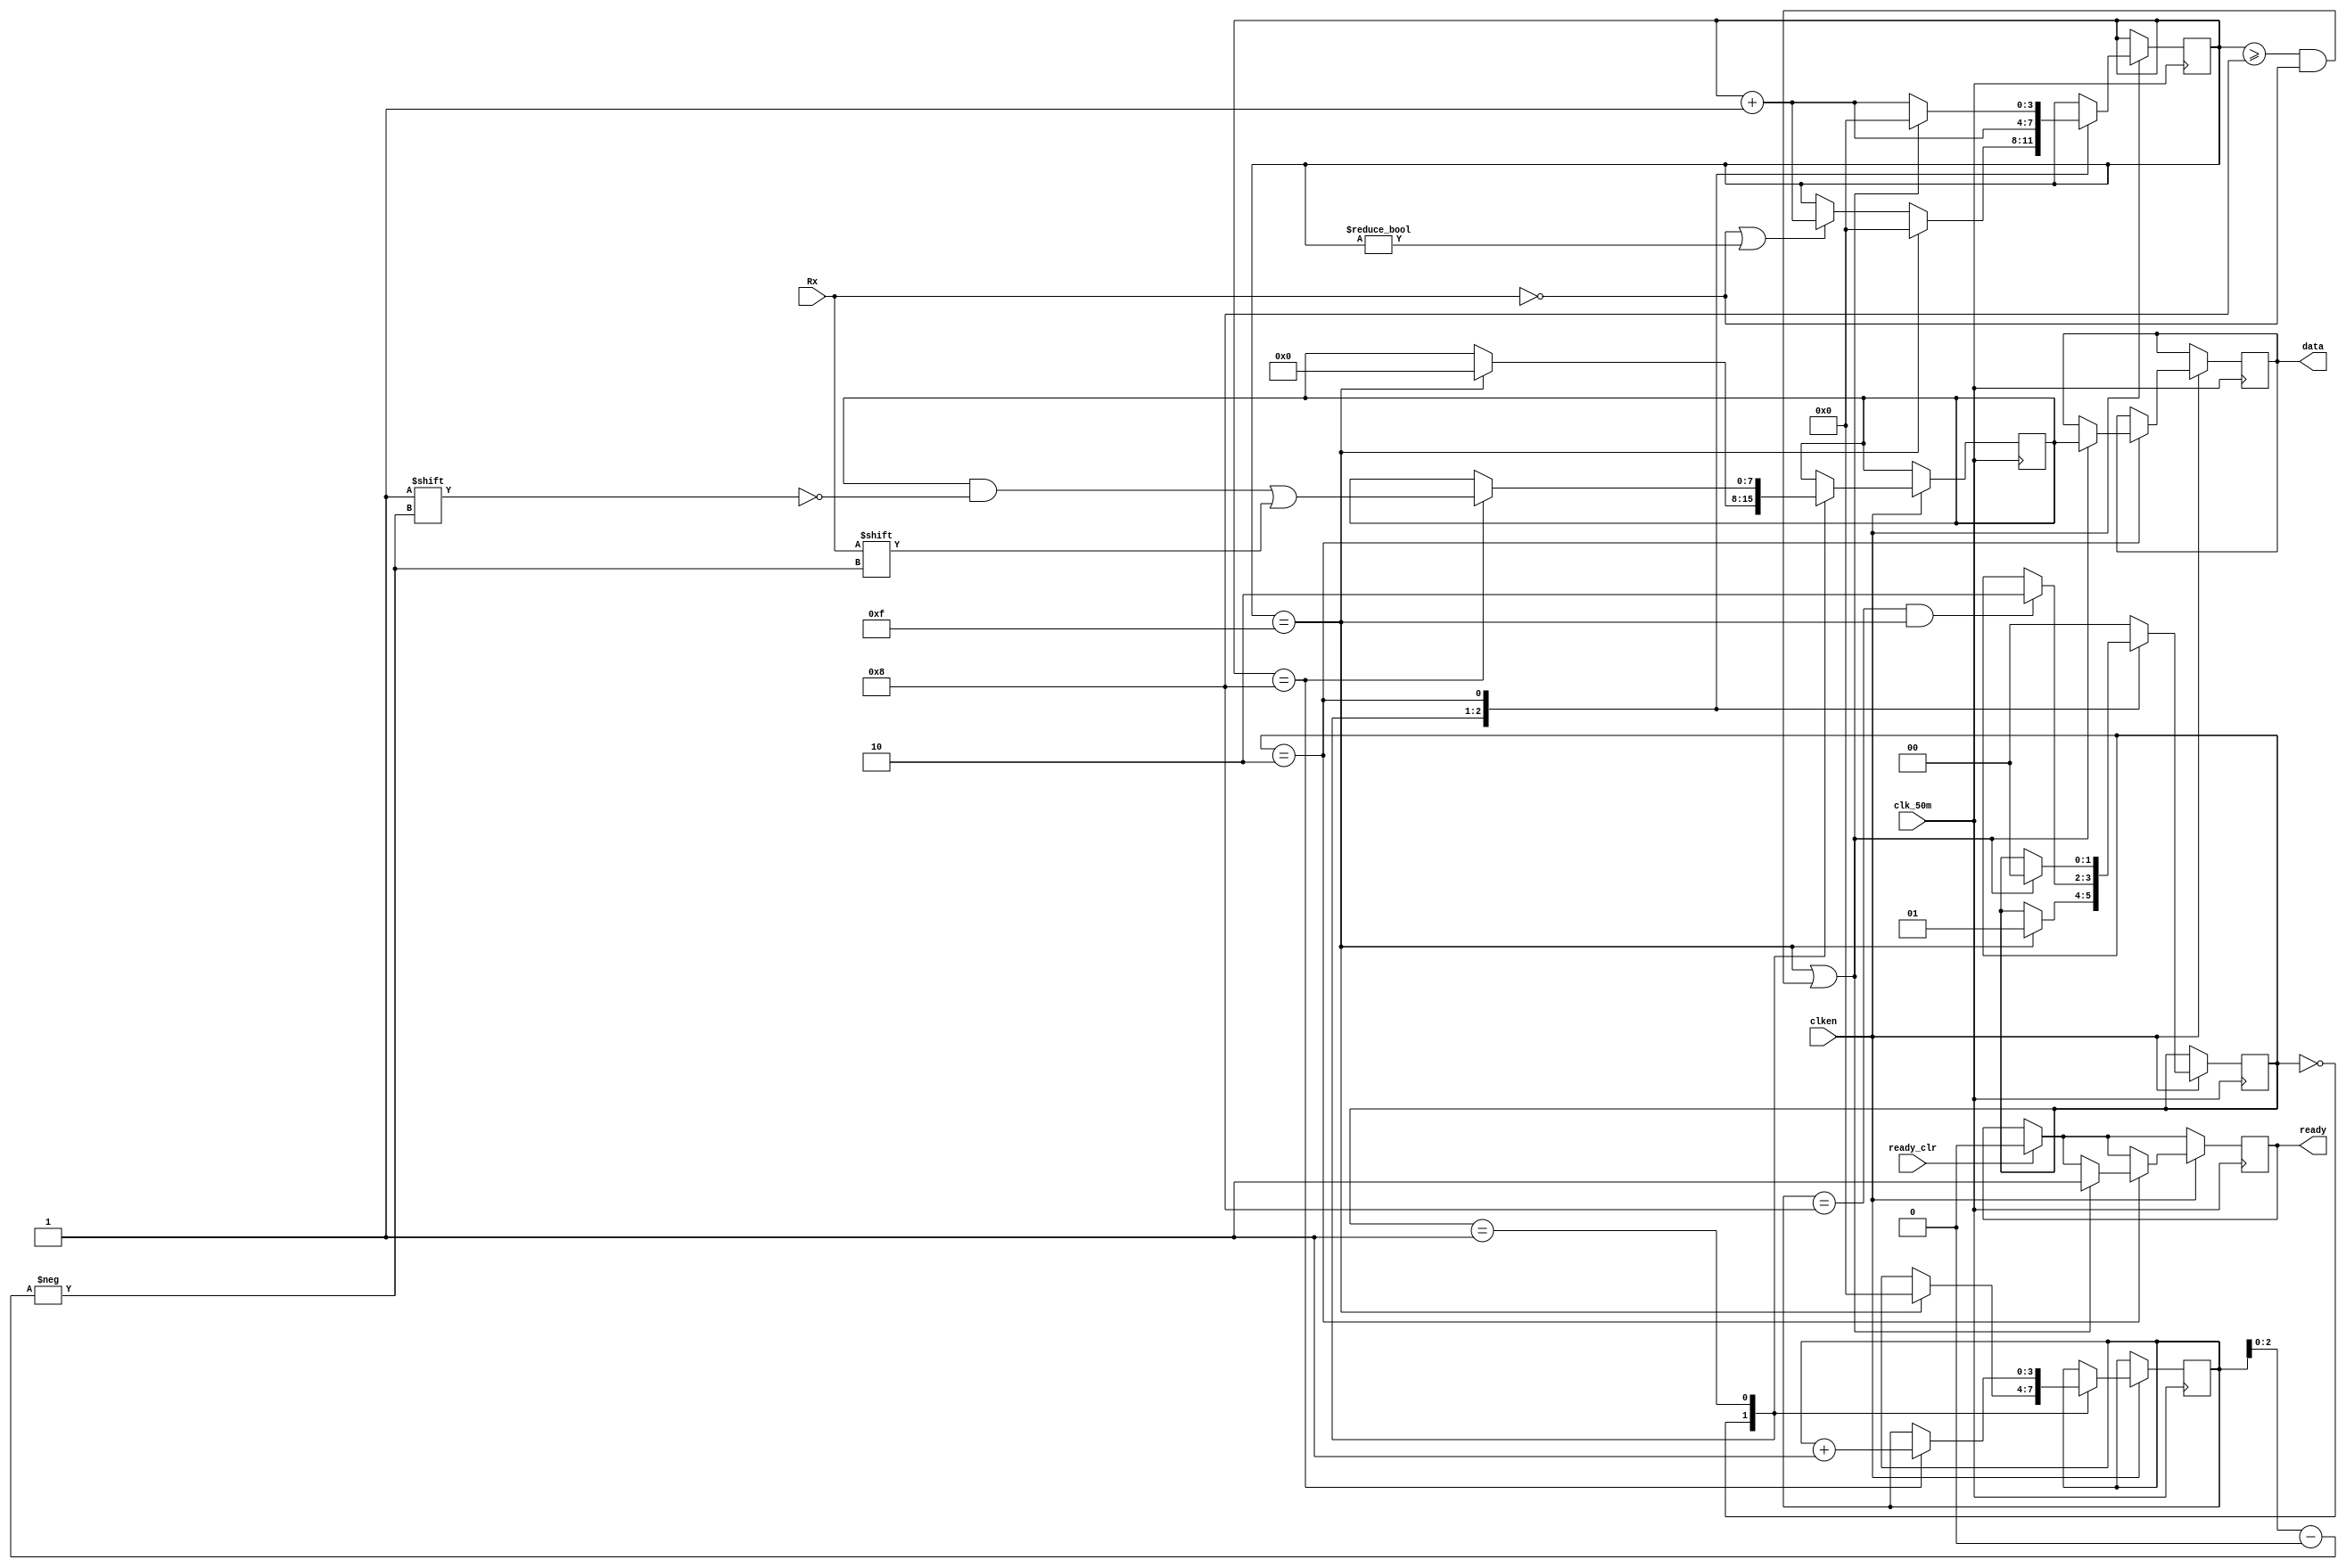
module receiver  (input wire Rx,
						output reg ready,			// default 1 bit reg
						input wire ready_clr,
						input wire clk_50m,		
						input wire clken,
						output reg [7:0] data	// 8 bit register
						);
initial begin
	ready = 1'b0; // initialize ready = 0
	data = 8'b0; // initialize data as 00000000
end
// Define the 4 states using 00,01,10 signals
parameter RX_STATE_START	= 2'b00;
parameter RX_STATE_DATA		= 2'b01;
parameter RX_STATE_STOP		= 2'b10;

reg [1:0] state = RX_STATE_START; // state is a 2-bit register/vector,initially equal to 00
reg [3:0] sample = 0; // This is a 4-bit register  
reg [3:0] bit_pos = 0; // bit position is a 4-bit register/vector, initially equal to 000
reg [7:0] scratch = 8'b0; // An 8-bit register assigned to 00000000

always @(posedge clk_50m) begin
	if (ready_clr)
		ready <= 1'b0; // This resets ready to 0

	if (clken) begin
		case (state) // Let us consider the 3 states of the receiver 
		RX_STATE_START: begin // We define condtions for starting the receiver 
			if (!Rx || sample != 0) // start counting from the first low sample
				sample <= sample + 4'b1; // increment by 0001
			if (sample == 15) begin // once a full bit has been sampled
				state <= RX_STATE_DATA; //	start collecting data bits
				bit_pos <= 0;
				sample <= 0; 
				scratch <= 0;
			end
		end
		RX_STATE_DATA: begin // We define conditions for starting the data colleting
			sample <= sample + 4'b1; // increment by 0001
			if (sample == 4'h8) begin // we keep assigning Rx data until all bits have 01 to 7
				scratch[bit_pos[2:0]] <= Rx;
				bit_pos <= bit_pos + 4'b1; // increment by 0001
			end
			if (bit_pos == 8 && sample == 15) // when a full bit has been sampled and 
				state <= RX_STATE_STOP; // bit position has finally reached 7, assign state to stop
		end
		RX_STATE_STOP: begin
			/*
			 * Our baud clock may not be running at exactly the
			 * same rate as the transmitter.  If we thing that
			 * we're at least half way into the stop bit, allow
			 * transition into handling the next start bit.
			 */
			if (sample == 15 || (sample >= 8 && !Rx)) begin
				state <= RX_STATE_START;
				data <= scratch;
				ready <= 1'b1;
				sample <= 0;
			end 
			else begin
				sample <= sample + 4'b1;
			end
		end
		default: begin
			state <= RX_STATE_START; // always begin with state assigned to START
		end
		endcase
	end
end

endmodule